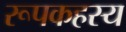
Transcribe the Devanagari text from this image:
रूपकहस्य